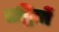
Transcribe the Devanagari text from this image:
तद्वितों